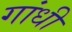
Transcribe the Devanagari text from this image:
गांंधी